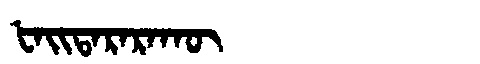
Manchu: ᡶᠠᡳᡨᠠᡵᠠᡵᠠᡴᡡ
Romanization: FAITARARAKŪ